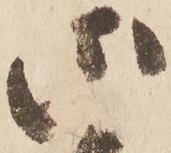
御